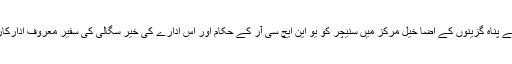
پشاور کے قریب اقوام متحدہ کے پناہ گزینوں کے اضا خیل مرکز میں سنیچر کو یو این ایچ سی آر کے حکام اور اس ادارے کی خیر سگالی کی سفیر معروف ادارکارہ ماہرہ خان نے دورہ کیا ہے۔